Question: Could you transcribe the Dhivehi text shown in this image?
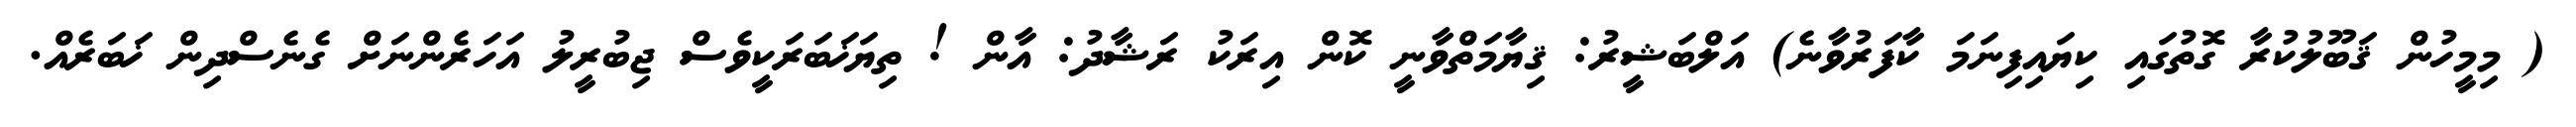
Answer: ( މިމީހުން ޤަބޫލުކުރާ ގޮތުގައި ކިޔައިފިނަމަ ކާފަރުވާނެ) އަލްބަޝީރު: ޤިޔާމަތްވާނީ ކޮން އިރަކު ރަޝާދު: އާން ! ތިޔަޚަބަރަކީވެސް ޖިބުރީލު އަހަރެންނަށް ގެނެސްދިން ޚަބަރެއް.